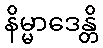
နိမ္မာဒေန္တိ